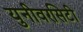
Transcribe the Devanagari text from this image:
युनीवरसिटी